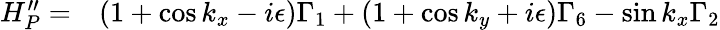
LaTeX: \begin{array}{rl}{H_{P}^{\prime\prime}=}&{{}(1+\cos k_{x}-i\epsilon)\Gamma_{1}+(1+\cos k_{y}+i\epsilon)\Gamma_{6}-\sin k_{x}\Gamma_{2}}\end{array}